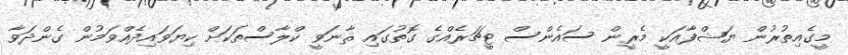
މީގެއިތުރުން ޔަޝްފާއަކީ މެރީން ސައެންސް ޓީޗަރެއްގެ ގޮތުގައި ޘާނަވީ ކްލާސްތަކަށް ކިޔަވައިދެއްވަމުން ގެންދަވާ